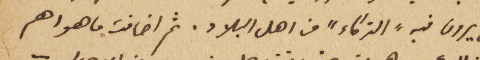
من يرون فيه، الذكاء " من اهل البلاد، ثم اضافت ما هو اهم